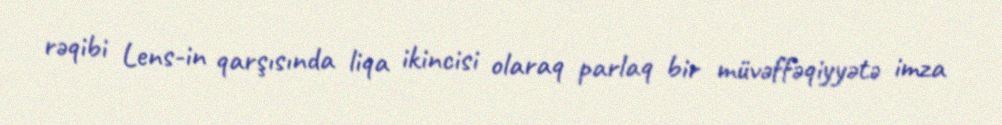
rəqibi Lens-in qarşısında liqa ikincisi olaraq parlaq bir müvəffəqiyyətə imza